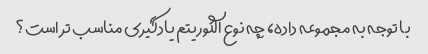
با توجه به مجموعه داده، چه نوع الگوریتم یادگیری مناسب تر است؟